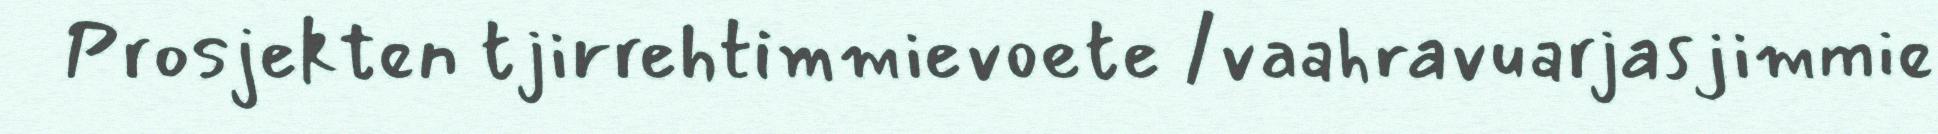
Prosjekten tjirrehtimmievoete /vaahravuarjasjimmie